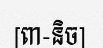
[ពា-និច]